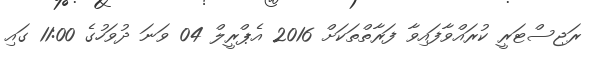
ރަޖިސްޓަރީ ކުރައްވާފައިވާ ފަރާތްތަކަށް 2016 އެޕްރީލް 04 ވަނަ ދުވަހުގެ 11:00 ގައި